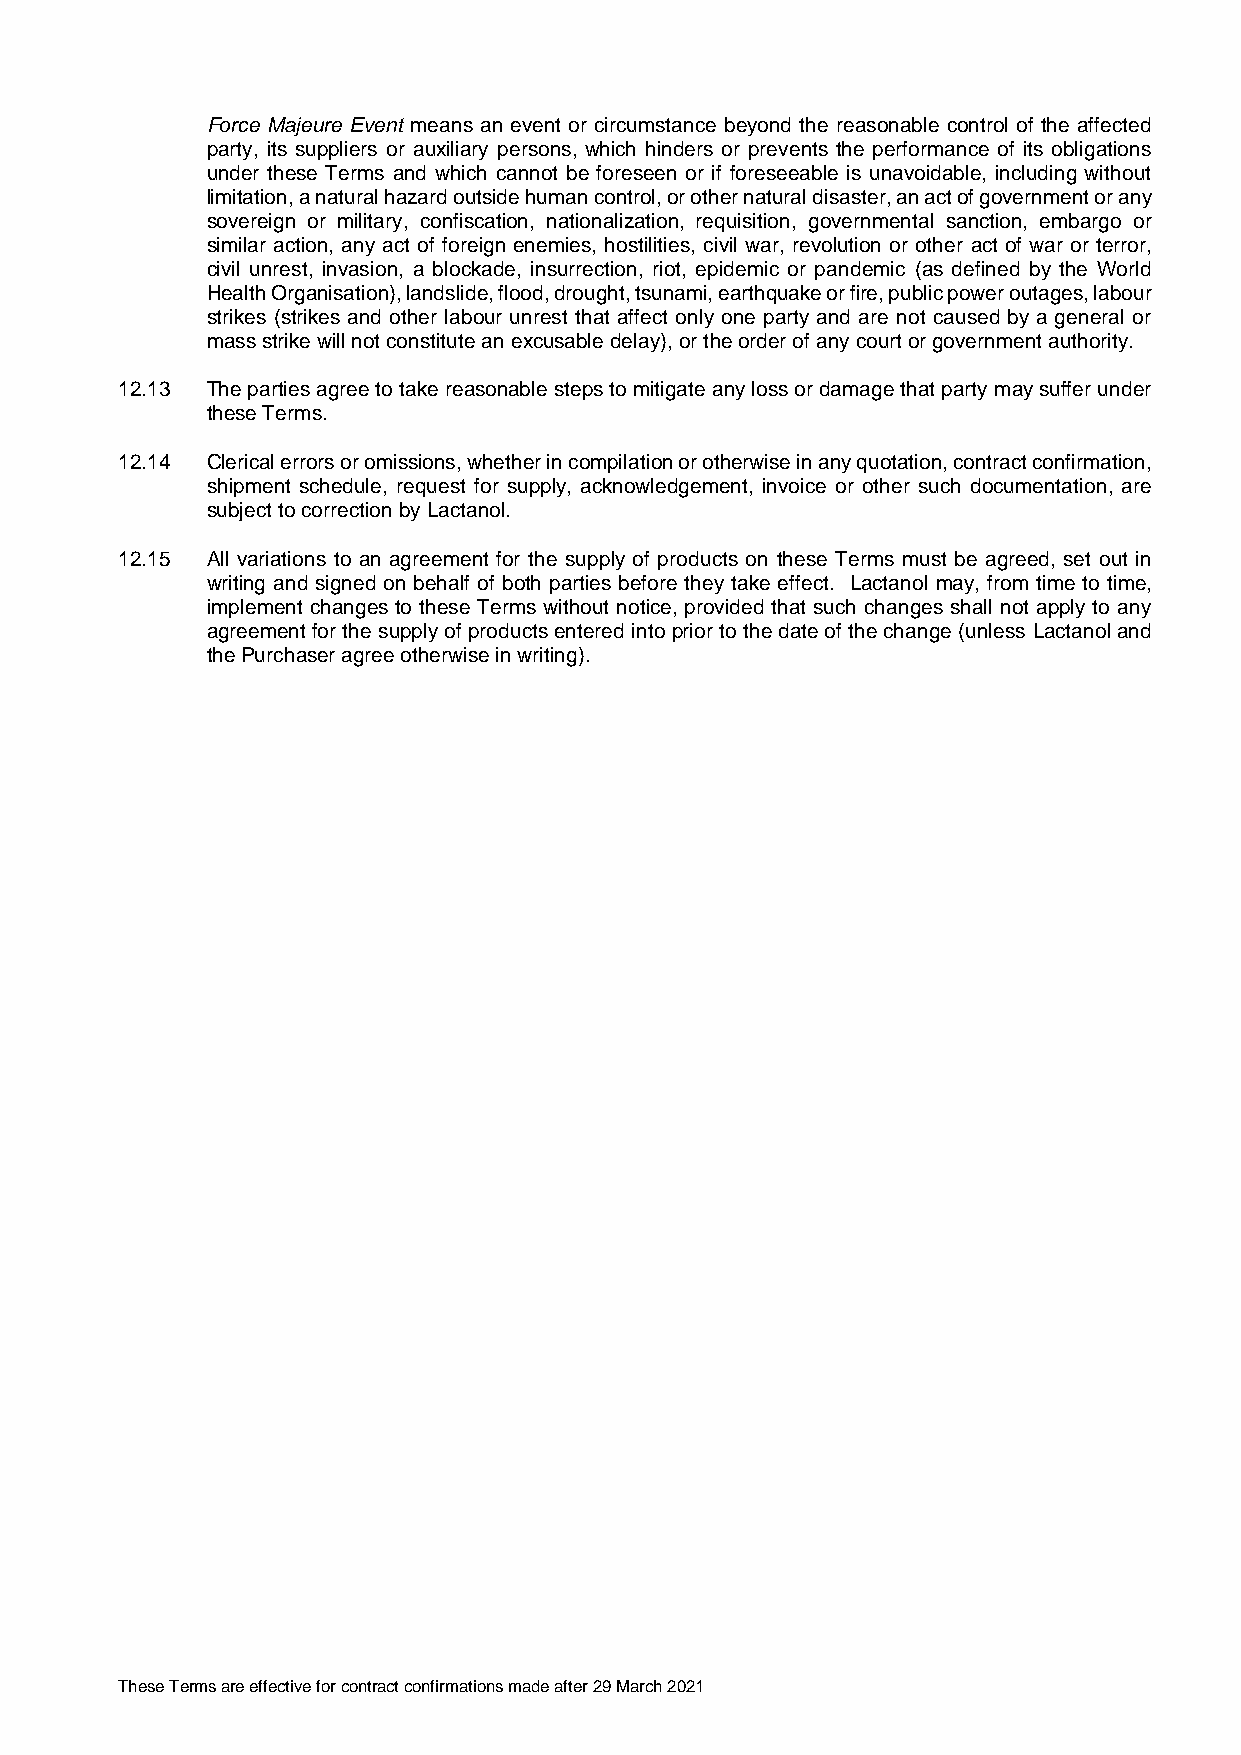
Force Majeure Event means an event or circumstance beyond the reasonable control of the affected
 party, its suppliers or auxiliary persons, which hinders or prevents the performance of its obligations
 under these Terms and which cannot be foreseen or if foreseeable is unavoidable, including without
 limitation, a natural hazard outside human control, or other natural disaster, an act of government or any
 sovereign or military, confiscation, nationalization, requisition, governmental sanction, embargo or
 similar action, any act of foreign enemies, hostilities, civil war, revolution or other act of war or terror,
 civil unrest, invasion, a blockade, insurrection, riot, epidemic or pandemic (as defined by the World
 Health Organisation), landslide, flood, drought, tsunami, earthquake or fire, public power outages, labour
 strikes (strikes and other labour unrest that affect only one party and are not caused by a general or
 mass strike will not constitute an excusable delay), or the order of any court or government authority.
 12.13 The parties agree to take reasonable steps to mitigate any loss or damage that party may suffer under
 these Terms.
 12.14 Clerical errors or omissions, whether in compilation or otherwise in any quotation, contract confirmation,
 shipment schedule, request for supply, acknowledgement, invoice or other such documentation, are
 subject to correction by Lactanol.
 12.15 All variations to an agreement for the supply of products on these Terms must be agreed, set out in
 writing and signed on behalf of both parties before they take effect. Lactanol may, from time to time,
 implement changes to these Terms without notice, provided that such changes shall not apply to any
 agreement for the supply of products entered into prior to the date of the change (unless Lactanol and
 the Purchaser agree otherwise in writing).
 These Terms are effective for contract confirmations made after 29 March 2021